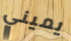
يميني